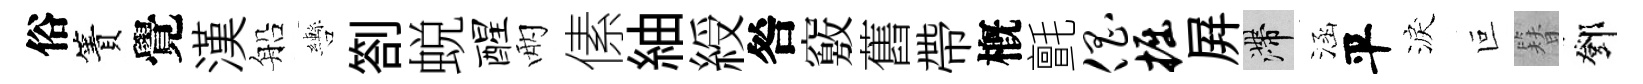
俗簀覺漢船轡劄蜕醒兩傃紬綬咎竅舊帶槪氈倡掘屛滯涵平淚叵簪鄧